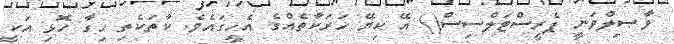
ވާޞިލްވަނީ ޕެރީސްޓަލްސިސް() އޭ ކިޔޭ ހަރަކާތެއްގެ އެހީގައެވެ. ކާތަކެތި ހިގާ ހޮޅި އަކީ